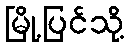
မြို့ပြင်သို့